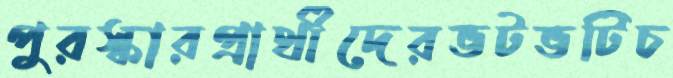
পুরস্কারপ্রার্থীদেরভটভটিচ